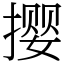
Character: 撄